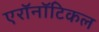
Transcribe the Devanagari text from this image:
एरॉनॉटिकल